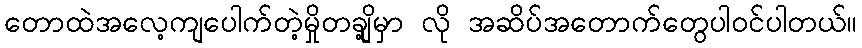
တောထဲအလေ့ကျပေါက်တဲ့မှိုတချို့မှာ လို အဆိပ်အတောက်တွေပါဝင်ပါတယ်။